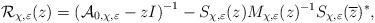
LaTeX: \begin{align*}\mathcal{R}_{\chi,\varepsilon}(z)=\left( \mathcal{A}_{0,\chi,\varepsilon} -z I \right)^{-1} - S_{\chi, \varepsilon}(z) M_{\chi, \varepsilon}(z)^{-1} S_{\chi, \varepsilon}(\overline{z})^*,\end{align*}